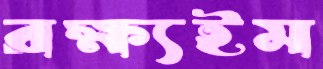
রক্ষ্যইম